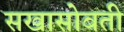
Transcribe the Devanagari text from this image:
सखासोबती